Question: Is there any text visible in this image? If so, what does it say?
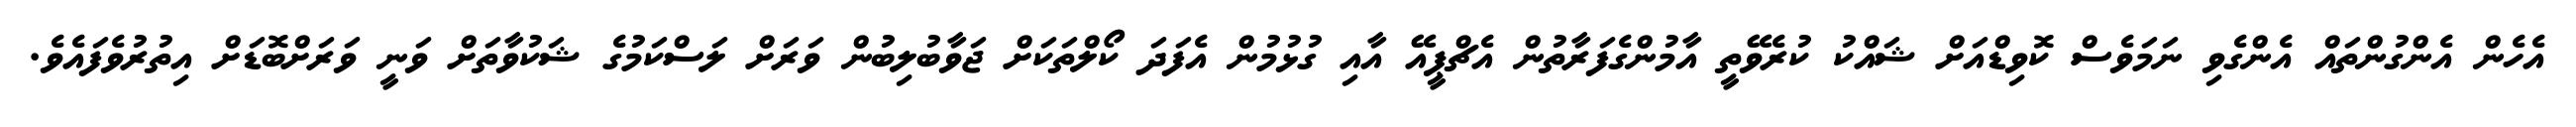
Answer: އެހެން އެންގުންތައް އެންގެވި ނަމަވެސް ކޮވިޑްއަށް ޝައްކު ކުރެވޭތީ އާމުންގެފަރާތުން އެޗްޕީއޭ އާއި ގުޅުމުން އެފަދަ ކޯލްތަކަށް ޖަވާބުލިބުން ވަރަށް ލަސްކަމުގެ ޝަކުވާތަށް ވަނީ ވަރަށްބޮޑަށް އިތުރުވެފައެވެ.